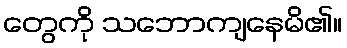
တွေကို သဘောကျနေမိ၏။